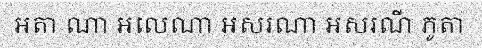
អតា ណា អលេណា អសរណា អសរណី ភូតា